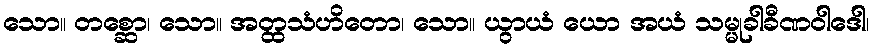
သော။ တစ္ဆော၊ သော။ အတ္ထသံဟိတော၊ သော။ ယွာယံ ယော အယံ သမ္မုခါခီဏဝါဒေါ၊